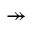
\twoheadrightarrow